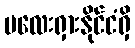
မလေးရှားနိုင်ငံရှိ